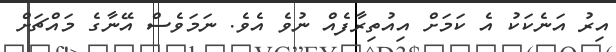
އިރު އަނެކަކު އެ ކަމަށް އިއުތިރާފެއް ނުވެ އެވެ. ނަމަވެސް އޭނާގެ މައްޗަށް